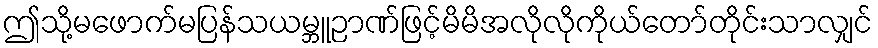
ဤသို့မဖောက်မပြန်သယမ္ဘူဉာဏ်ဖြင့်မိမိအလိုလိုကိုယ်တော်တိုင်းသာလျှင်